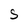
Character: S